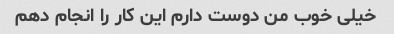
خیلی خوب من دوست دارم این کار را انجام دهم